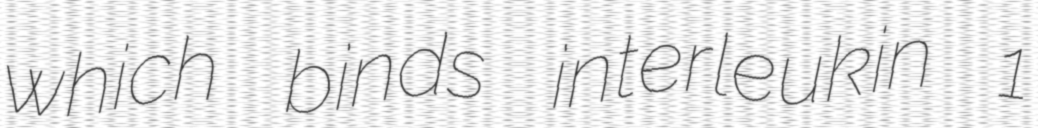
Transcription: which binds interleukin 1